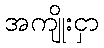
အကျိုးငှာ